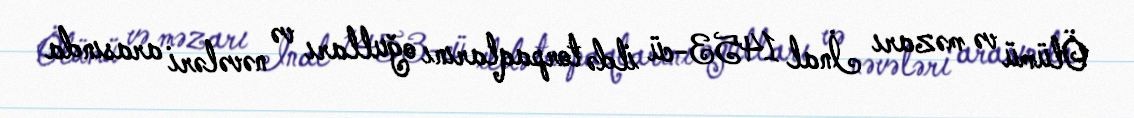
Ölümü və məzarı İnal 1453-cü ildə torpaqlarını oğulları və nəvələri arasında